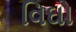
વિઘો